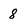
Character: 8